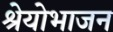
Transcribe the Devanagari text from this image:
श्रेयोभाजन